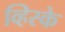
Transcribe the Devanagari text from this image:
व्हिस्के